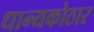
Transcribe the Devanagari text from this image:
धान्यकोठार